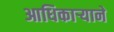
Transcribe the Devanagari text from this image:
आधिकार्‍याने